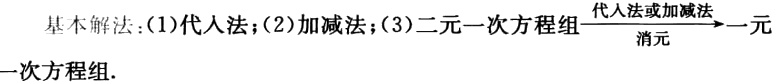
基本解法：(1)代人法；(2)加减法；(3)二元一次方程组$\xrightarrow[\text{消元}]{\text{代人法或加减法}}$一元一次方程组.